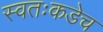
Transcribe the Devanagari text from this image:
स्वतःकडेच